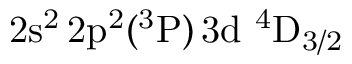
\mathrm { 2 s ^ { 2 } \, 2 p ^ { 2 } ( ^ { 3 } P ) \, 3 d ~ ^ { 4 } D _ { 3 / 2 } }